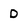
Character: D